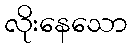
လိုးနေသော